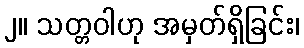
၂။ သတ္တဝါဟု အမှတ်ရှိခြင်း၊